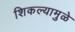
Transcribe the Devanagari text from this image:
शिकल्यामुळे